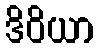
ဒိဝိယာ